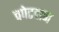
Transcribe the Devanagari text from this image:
चपेटदान